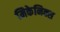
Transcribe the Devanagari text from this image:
मिकेनिक्स